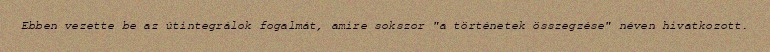
Ebben vezette be az útintegrálok fogalmát, amire sokszor "a történetek összegzése" néven hivatkozott.